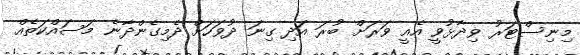
މިނިސްޓަރު ވިދާޅުވީ އެއީ ވަރަށް ބުރަ އަދި ގިނަ ދުވަހަށް ދެމިގެންދާނެ މަސައްކަތެއް